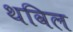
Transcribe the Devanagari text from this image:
थविल